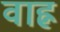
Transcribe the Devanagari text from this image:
वाह्न